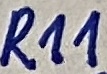
Text: R11